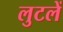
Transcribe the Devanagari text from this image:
लुटलें